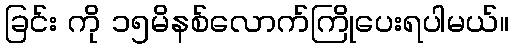
ခြင်း ကို ၁၅မိနစ်လောက်ကြိုပေးရပါမယ်။